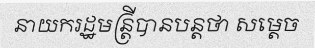
នាយករដ្ឋមន្ត្រីបានបន្តថា សម្តេច